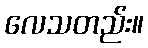
လေသတည်း။